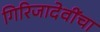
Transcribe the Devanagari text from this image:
गिरिजादेवींचा